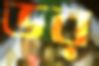
ডর